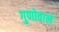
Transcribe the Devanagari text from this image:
गुणोवाले